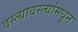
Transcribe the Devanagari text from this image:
वस्त्यावस्त्यांमधून